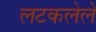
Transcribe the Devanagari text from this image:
लटकलेले